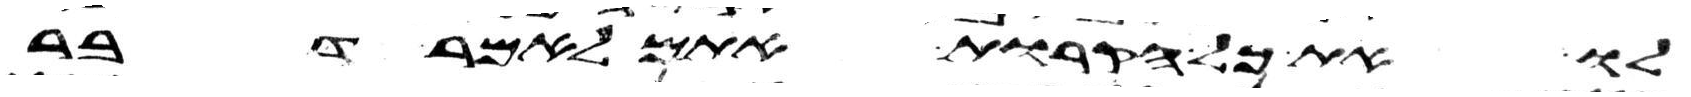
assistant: לו את כל הקרות אתם לאמר דבר